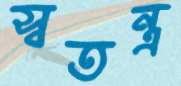
স্বতন্ত্র